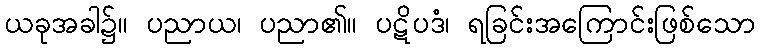
ယခုအခါ၌။ ပညာယ၊ ပညာ၏။ ပဋိပဒံ၊ ရခြင်းအကြောင်းဖြစ်သော